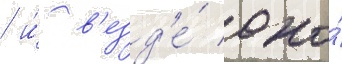
/ и́ в'езд'е́ оно́